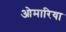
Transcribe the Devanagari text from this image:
ओमारिया